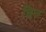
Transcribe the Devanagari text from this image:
छिज़